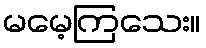
မမေ့ကြသေး။